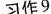
习作9